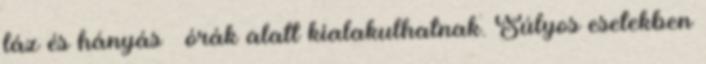
láz és hányás – órák alatt kialakulhatnak. Súlyos esetekben